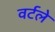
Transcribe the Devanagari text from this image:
वर्टले